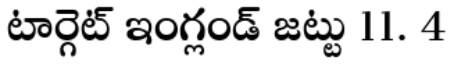
టార్గెట్ ఇంగ్లండ్ జట్టు 11. 4